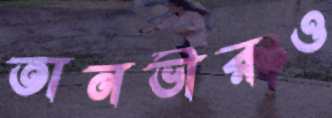
তানভীরও